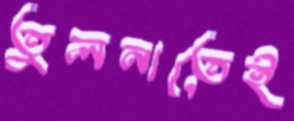
তুলনাতেই